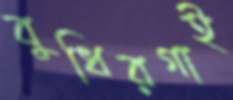
বুধিরগাই